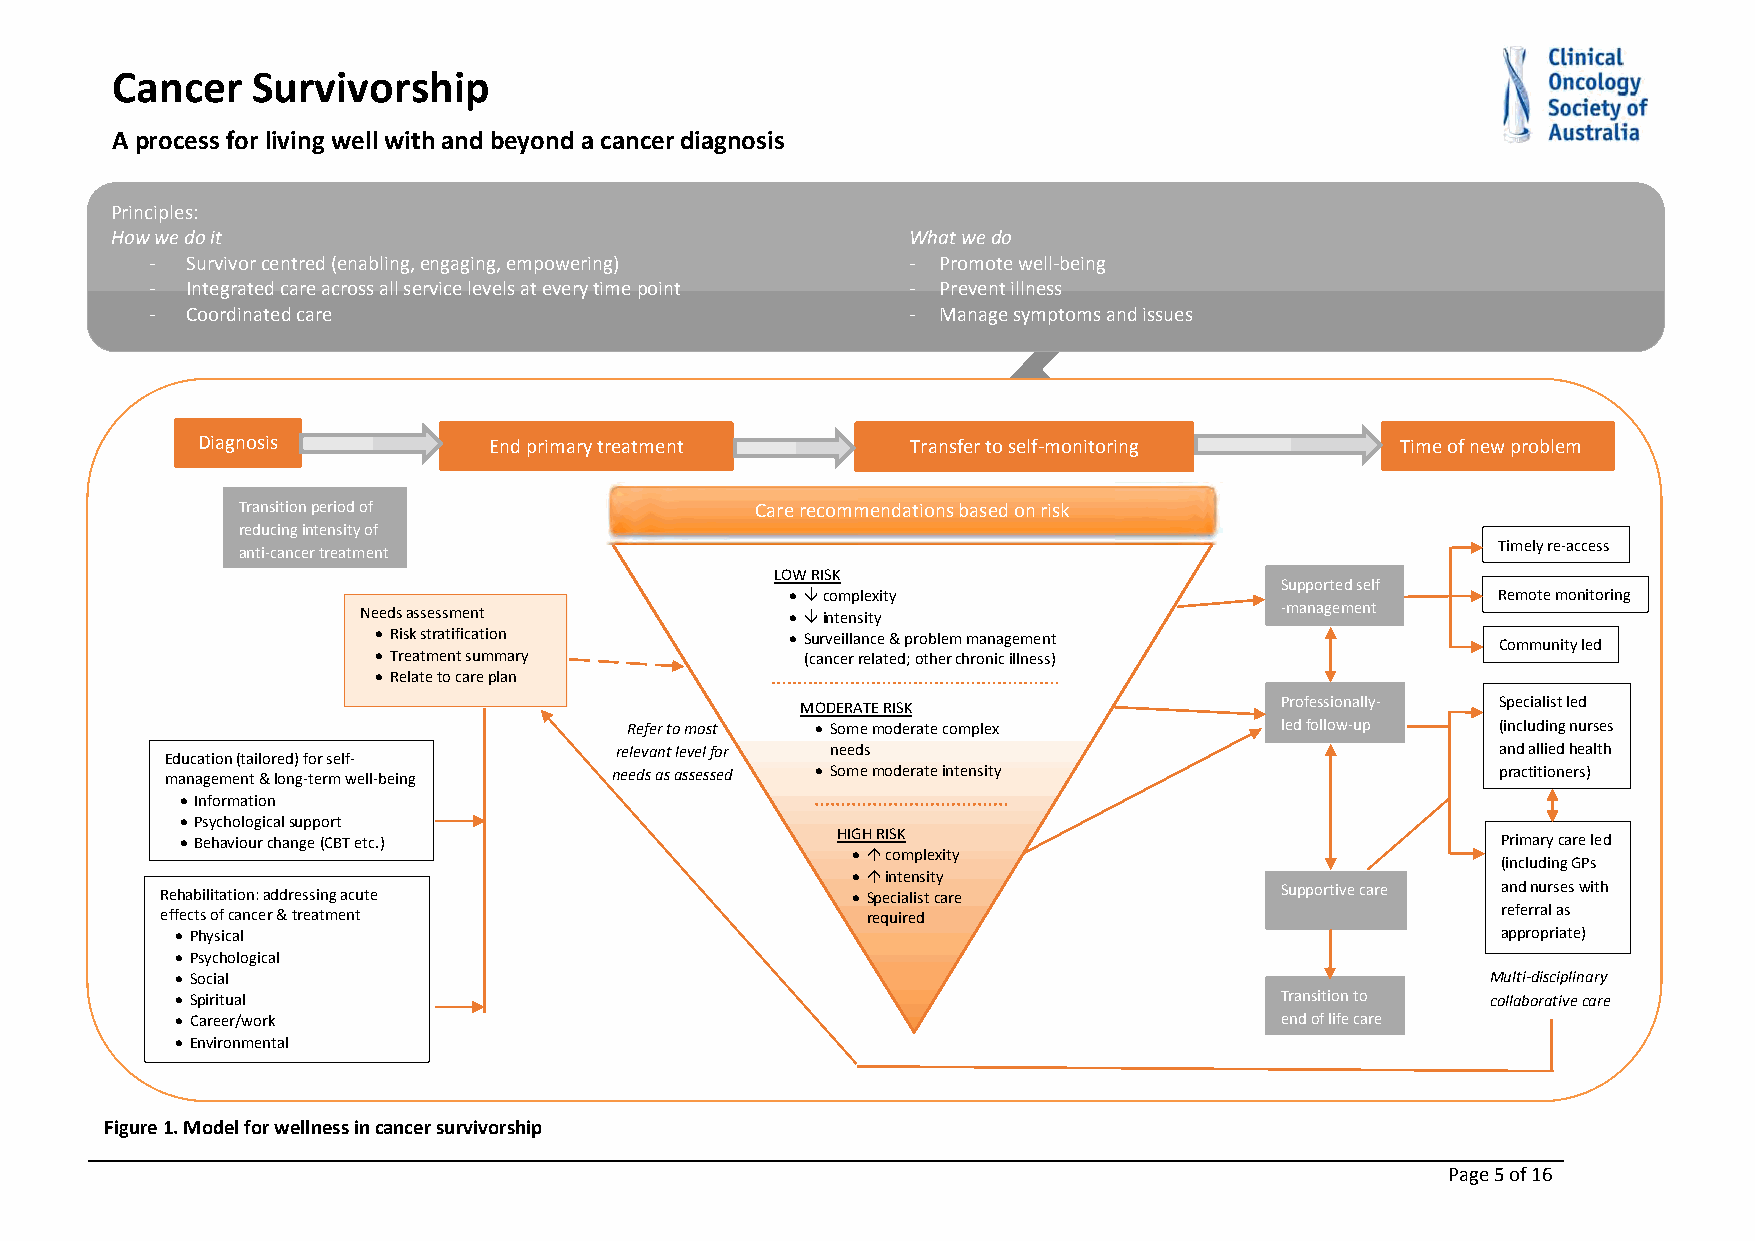
Cancer    Survivorship
 A process for living well with and beyond a cancer diagnosis
 Principles:
 How we do it                                         What we do
 ‐ Survivor centred (enabling, engaging, empowering) ‐ Promote well‐being
 ‐ Integrated care across all service levels at every time point ‐ Prevent illness
 ‐ Coordinated care                                ‐ Manage sympTtoms and issues
 F
 Diagnosis          Endprimary treatment        Transfer to self‐monitoring      Time of new problem
 A
 Transition period of              Care recommendations based on risk
 reducing intensity of
 Timely re‐access
 anti‐cancer treatment
 LOW RISK
 Supported self
 R  complexity                                 Remote monitoring
 Needs assessment              intensity                    ‐management
  Risk stratification       Surveillance & problem management
 Community led
  Treatment summary         (cancer related; other chronic illness)
  Relate to care plan
 D        MODERATE RISK                   Professionally‐ Specialist led
 Refer t o most  Som e moderate complex     led follow‐up (including nurses
 relevant level for needs                                  and allied health
 Education (tailored) for self‐
 management & long‐term well‐being needsasassessed  Some moderate intensity             practitioners)
  Information
  Psychological support
  Behaviour change (CBT etc.)              HIGH RISK                                   Primary care led
   complexity
 (including GPs
   intensity
 Rehabilitation: addressing acute              Specialist care            Supportivecare and nurses with
 effects of cancer & treatment                 required                                  referral as
  Physical                                                                             appropriate)
  Psychological
  Social                                                                               Multi‐disciplinary
  Spiritual                                                              Transition to collaborative care
  Career/work                                                            end of life care
  Environmental
 Figure 1. Model for wellness in cancer survivorship
 Page 5of 16